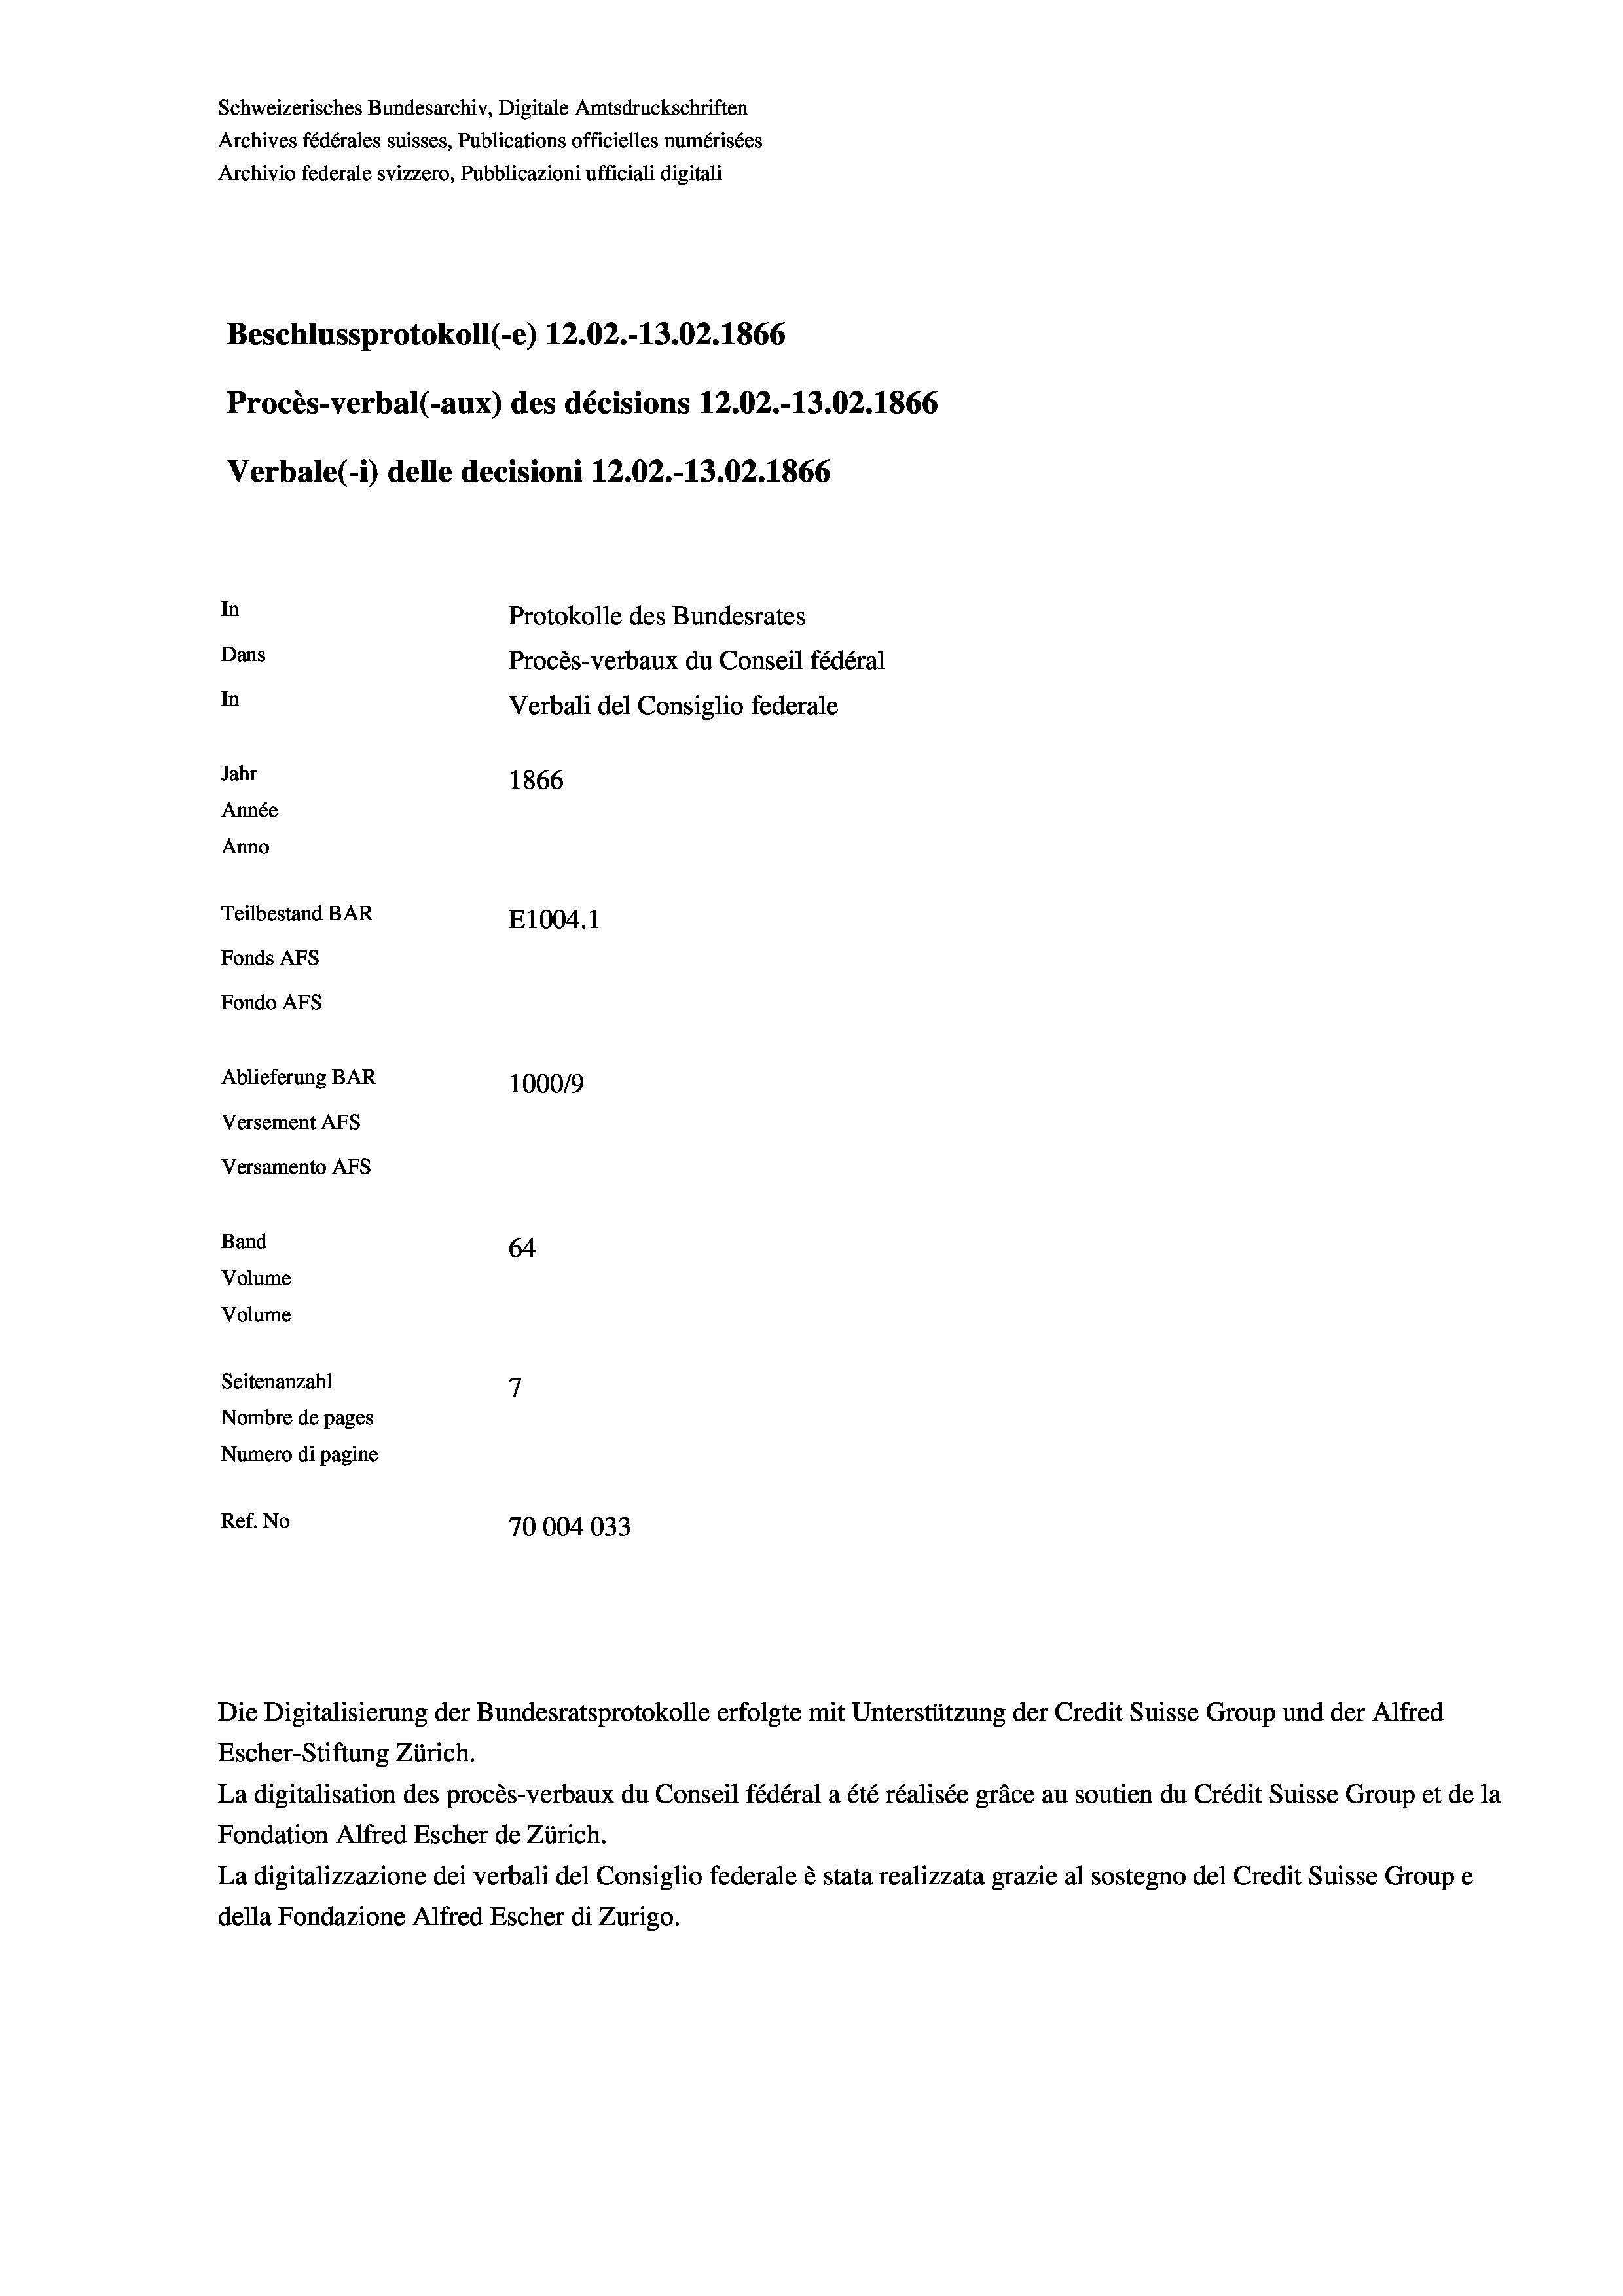
Schweizerisches Bundesarchiv, Digitale Amtsdruckschriften
Archives fédérales suisses, Publications officielles numérisées
Archivio federale svizzero, Pubblicazioni ufficiali digitali
Beschlussprotokoll (-e) 12.02.-13.02. 1866
Procès-verbal (-aux) des décisions 12.02.-13.02. 1866
Verbale (i) delle decisioni 12.02.-13.02. 1866
In
Protokolle des Bundesrates
Dans
Procès-verbaux du Conseil fédéral
In
Verbali del Consiglio federale
Jahr
1866
Année
Anno
Teilbestand BAR
E1004. 1
Fonds AFs
Fondo Afs
Ablieferung BAR
100019
Versement AFs
Versamento Afs
Band
64
Volume
Volume
7
Seitenanzahl

Nombre de pages
Numero di pagine
Ref. No
70004033

Escher-Stiftung Zürich.
La digitalisation des procès-verbaux du Conseil fédéral a été réalisée gräce au soutien du Crédit Suisse Group et de la
Fondation Alfred Escher de Zürich.
La digitalizzazione dei verbali del Consiglio federale è stata realizzata grazie al sostegno del Credit Suisse Groupe
della Fondazione Alfred Escher di Zurigo.

Die Digitalisierung der Bundesratsprotokolle erfolgte mit Unterstützung der Credit Suisse Group und der Alfred